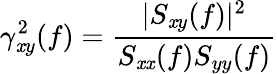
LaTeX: \gamma_{\mathit{x}y}^{2}(f)={\frac{{|S_{\mathit{x}y}(f)|^{2}}}{{S_{\mathit{x}\mathit{x}}(f)S_{yy}(f)}}}